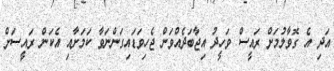
އަދި އެ ގޮވާލުމަށް ރައީސް ވަހީދު އިޖާބަދެއްވަން ޖެހިވަޑައިގަންނަވާ ކަމަށާއި އެކަން ރައީސަށް